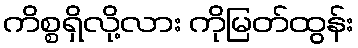
ကိစ္စရှိလို့လား ကိုမြတ်ထွန်း